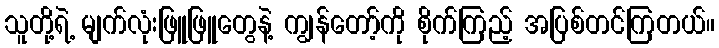
သူတို့ရဲ့ မျက်လုံးဖြူဖြူတွေနဲ့ ကျွန်တော့်ကို စိုက်ကြည့် အပြစ်တင်ကြတယ်။